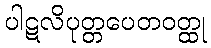
ပါဋလိပုတ္တပေတဝတ္ထု